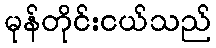
မုန်တိုင်းငယ်သည်